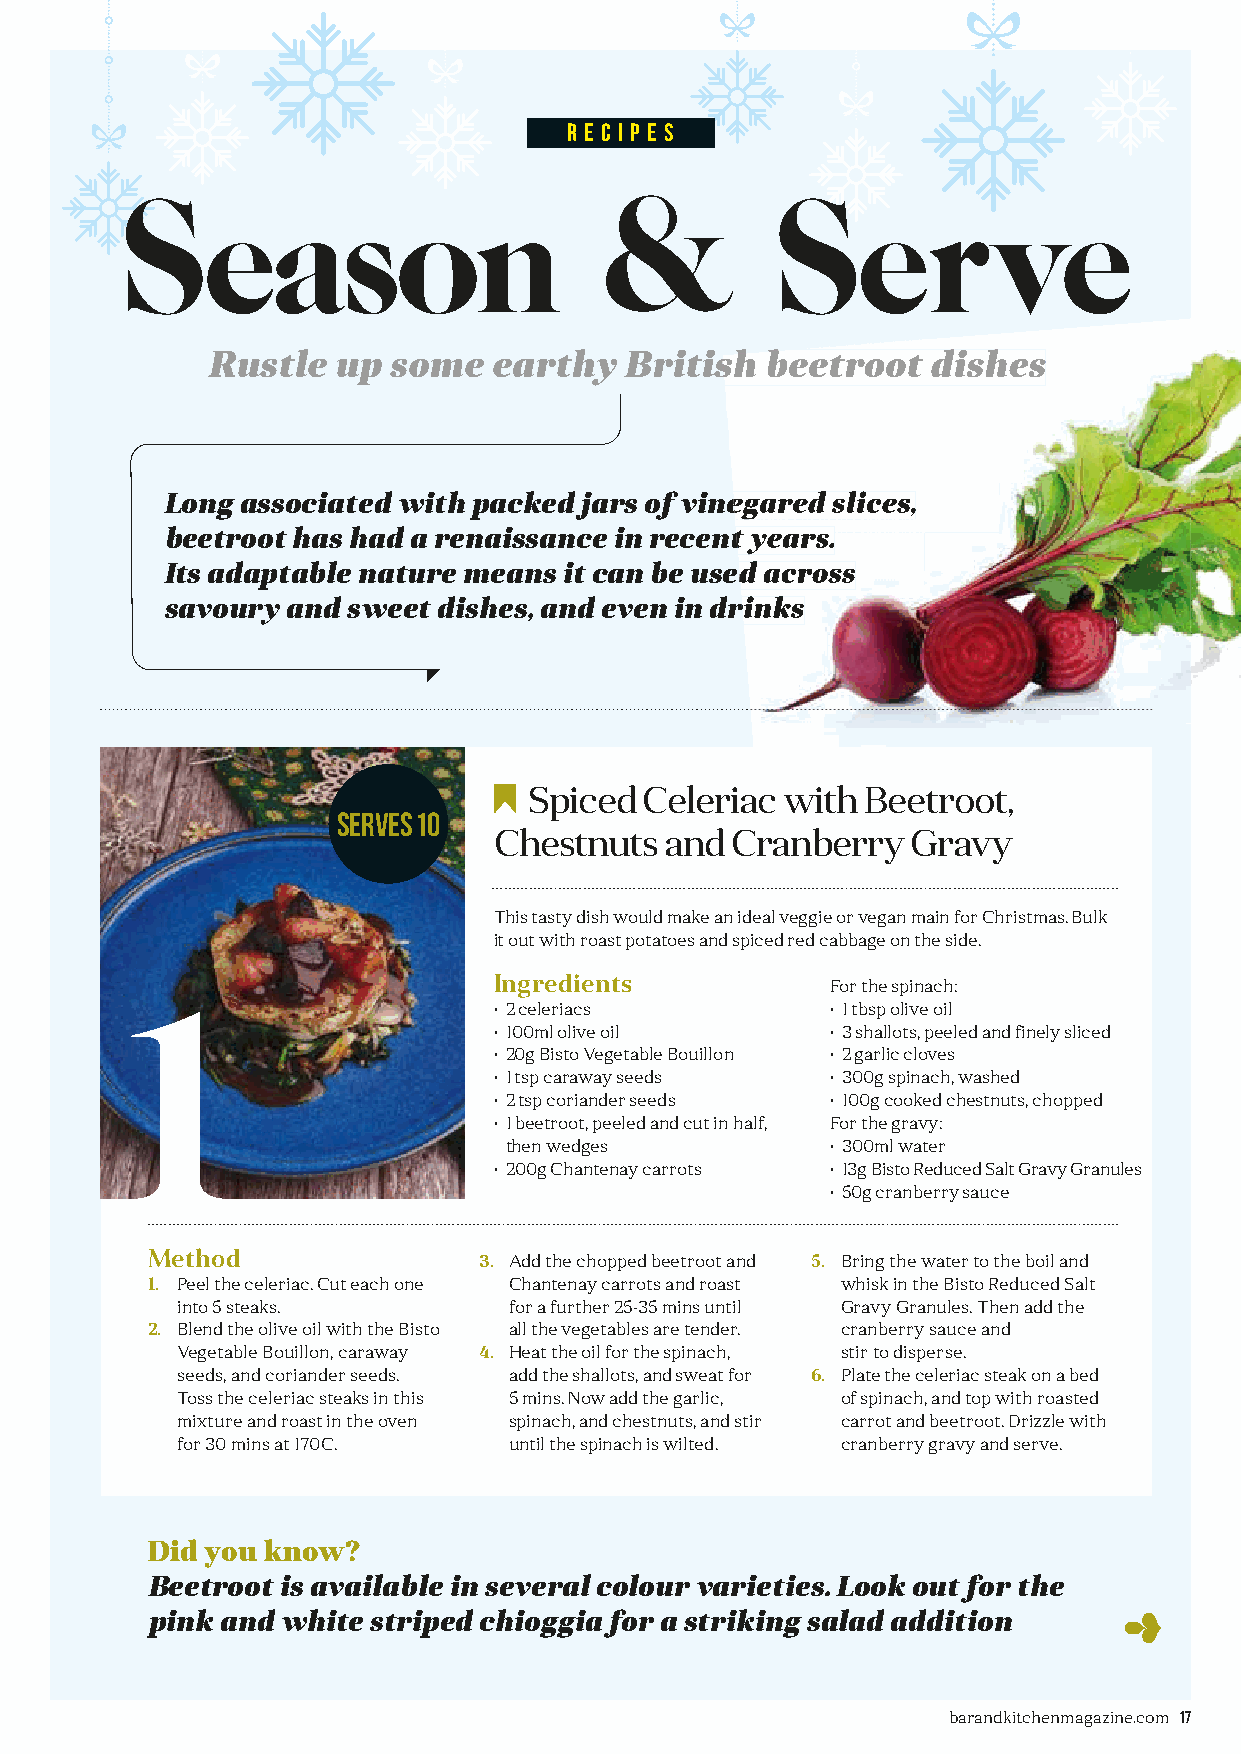
r e c i p e s
 Season                          &          Serve
 RRuussttllee uupp ssoommee eeaarrtthhyy BBrriittiisshh bbeeeettrroooott ddiisshheess
 LLoonngg aassssoocciiaatteedd wwiitthh ppaacckkeedd jjaarrss ooff vviinneeggaarreedd sslliicceess,,
 bbeeeettrroooott hhaass hhaadd aa rreennaaiissssaannccee iinn rreecceenntt yyeeaarrss..
 IIttss aaddaappttaabbllee nnaattuurree mmeeaannss iitt ccaann bbee uusseedd aaccrroossss
 ssaavvoouurryy aanndd sswweeeett ddiisshheess,, aanndd eevveenn iinn ddrriinnkkss
 Spiced  Celeriac with Beetroot,
 Serves 10
 Chestnuts  and  Cranberry  Gravy
 This tasty dish would make an ideal veggie or vegan main for Christmas. Bulk
 it out with roast potatoes and spiced red cabbage on the side.
 1                        Ingredients           For the spinach:
 • 2 celeriacs         • 1 tbsp olive oil
 • 100ml olive oil     • 3 shallots, peeled and finely sliced
 • 20g Bisto Vegetable Bouillon • 2 garlic cloves
 • 1 tsp caraway seeds • 300g spinach, washed
 • 2 tsp coriander seeds • 100g cooked chestnuts, chopped
 • 1 beetroot, peeled and cut in half, For the gravy:
 then wedges          • 300ml water
 • 200g Chantenay carrots • 13g Bisto Reduced Salt Gravy Granules
 • 50g cranberry sauce
 Method                3. Add the chopped beetroot and 5. Bring the water to the boil and
 1. Peel the celeriac. Cut each one Chantenay carrots and roast whisk in the Bisto Reduced Salt
 into 5 steaks.        for a further 25-35 mins until Gravy Granules. Then add the
 2. Blend the olive oil with the Bisto all the vegetables are tender. cranberry sauce and
 Vegetable Bouillon, caraway 4. Heat the oil for the spinach, stir to disperse.
 seeds, and coriander seeds. add the shallots, and sweat for 6. Plate the celeriac steak on a bed
 Toss the celeriac steaks in this 5 mins. Now add the garlic, of spinach, and top with roasted
 mixture and roast in the oven spinach, and chestnuts, and stir carrot and beetroot. Drizzle with
 for 30 mins at 170C.  until the spinach is wilted. cranberry gravy and serve.
 Did you know?
 Beetroot is available in several colour varieties. Look out for the
 pink and white striped chioggia for a striking salad addition
 barandkitchenmagazine.com 17
 BB&&KK--iissssuuee--0088--pp1166--1199--SSeeaassoonnaall--IInnggrreeddiieenntt__vv66 SSUUBB..iinndddd 1177 1122//1100//22002211 1144::3300